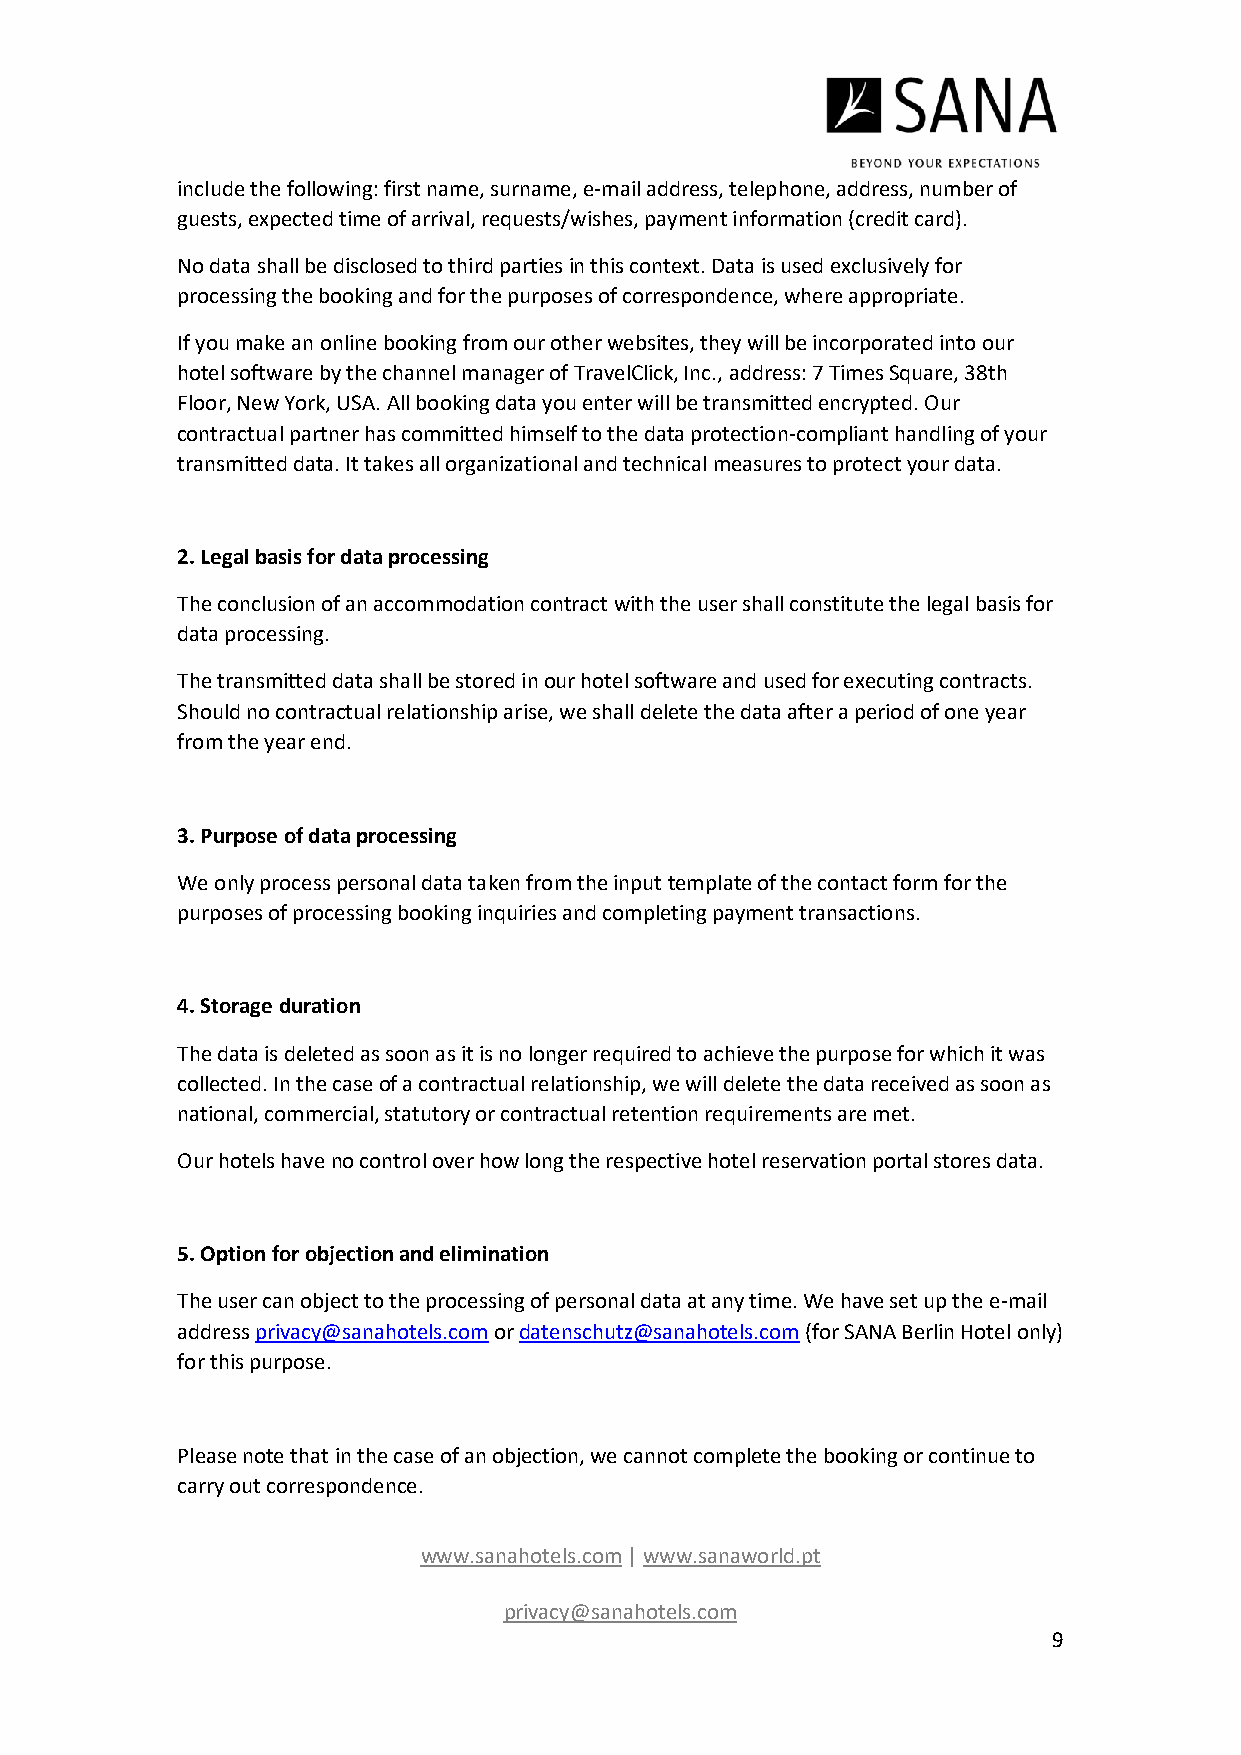
include the following: first name, surname, e-mail address, telephone, address, number of
 guests, expected time of arrival, requests/wishes, payment information (credit card).
 No data shall be disclosed to third parties in this context. Data is used exclusively for
 processing the booking and for the purposes of correspondence, where appropriate.
 If you make an online booking from our other websites, they will be incorporated into our
 hotel software by the channel manager of TravelClick, Inc., address: 7 Times Square, 38th
 Floor, New York, USA. All booking data you enter will be transmitted encrypted. Our
 contractual partner has committed himself to the data protection-compliant handling of your
 transmitted data. It takes all organizational and technical measures to protect your data.
 2. Legal basis for data processing
 The conclusion of an accommodation contract with the user shall constitute the legal basis for
 data processing.
 The transmitted data shall be stored in our hotel software and used for executing contracts.
 Should no contractual relationship arise, we shall delete the data after a period of one year
 from the year end.
 3. Purpose of data processing
 We only process personal data taken from the input template of the contact form for the
 purposes of processing booking inquiries and completing payment transactions.
 4. Storage duration
 The data is deleted as soon as it is no longer required to achieve the purpose for which it was
 collected. In the case of a contractual relationship, we will delete the data received as soon as
 national, commercial, statutory or contractual retention requirements are met.
 Our hotels have no control over how long the respective hotel reservation portal stores data.
 5. Option for objection and elimination
 The user can object to the processing of personal data at any time. We have set up the e-mail
 address privacy@sanahotels.com or datenschutz@sanahotels.com (for SANA Berlin Hotel only)
 for this purpose.
 Please note that in the case of an objection, we cannot complete the booking or continue to
 carry out correspondence.
 www.sanahotels.com | www.sanaworld.pt
 privacy@sanahotels.com
 9